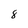
Character: 8